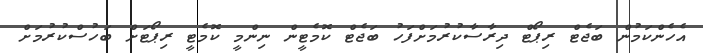
އެހެންކަމުން ބަޖެޓް ރިޕޯޓް ދިރާސާކުރުމަށްފަހު ބަޖެޓް ކޮމެޓީން ނިންމީ ކޮމެޓީ ރިޕޯޓަށް ބަހުސްކުރުމަށް